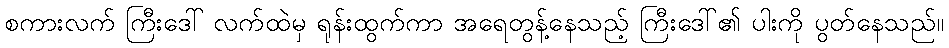
စကားလက် ကြီးဒေါ် လက်ထဲမှ ရုန်းထွက်ကာ အရေတွန့်နေသည့် ကြီးဒေါ်၏ ပါးကို ပွတ်နေသည်။